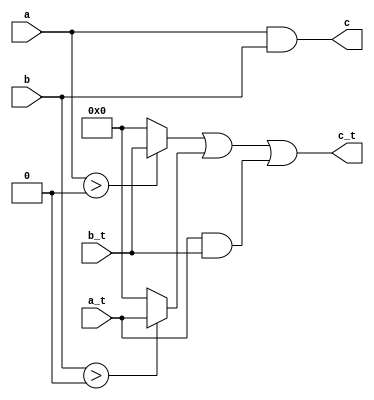
module S(a, a_t, b, b_t, c, c_t);
    input a,b;
    input [31:0] a_t, b_t;
    output c;
    output [31:0] c_t;

    assign c = a & b;
    assign c_t = ((a > 0 ? b_t : 0) | (b > 0 ? a_t : 0) | (a_t & b_t ));
endmodule


module M(a, a_t, b, b_t, c, c_t);
    input a,b;
    input [31:0] a_t, b_t;
    wire d;
    wire [31:0] d_t;
    wire e, f;
    wire [31:0] e_t, f_t;
    output c;
    output [31:0] c_t;
    
    S s1(.a(e),
        .a_t(e_t),
        .b(b), 
        .b_t(b_t), 
        .c(d), 
        .c_t(d_t));
    S s2(.a(f), 
        .a_t(f_t), 
        .b(d), 
        .b_t(d_t), 
        .c(c), 
        .c_t(c_t));
 
    assign e = a ^ b;
    assign e_t = a_t | b_t;
    assign f = a | b;
    assign f_t = ((a == 0 ? b_t : 0) | ( b == 0 ? a_t : 0) | (a_t & b_t)); 
 
endmodule

module hierarchy(a, a_t, b, b_t, c, c_t);
    input a,b;
    input [31:0] a_t, b_t;
    wire d;
    wire [31:0] d_t;
    output c;
    output [31:0] c_t;

    M m1(.a(a), .a_t(a_t), .b(b), .b_t(b_t), .c(d), .c_t(d_t));
    M m2(.a(a), .a_t(a_t), .b(d), .b_t(d_t), .c(c), .c_t(c_t));
endmodule